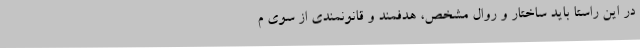
در این راستا باید ساختار و روال مشخص، هدفمند و قانونمندی از سوی م